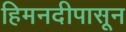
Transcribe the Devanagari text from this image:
हिमनदीपासून